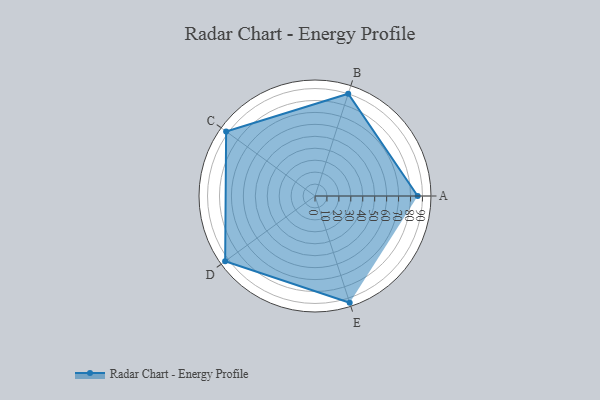
{"axis": {"x": "Skill", "y": "Score"}, "legend": ["Profile"], "data": [{"x": "A", "y": 86.0, "type": "Profile"}, {"x": "B", "y": 90.0, "type": "Profile"}, {"x": "C", "y": 92.0, "type": "Profile"}, {"x": "D", "y": 93.0, "type": "Profile"}, {"x": "E", "y": 94.0, "type": "Profile"}]}